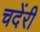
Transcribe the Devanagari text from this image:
चदेंरी